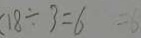
( 1 8 \div 3 = 6 = 6